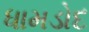
ધામડોદ